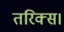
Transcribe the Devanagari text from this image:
तरिक्स।